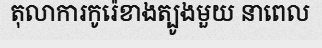
តុលាការកូរ៉េខាងត្បូងមួយ នាពេល